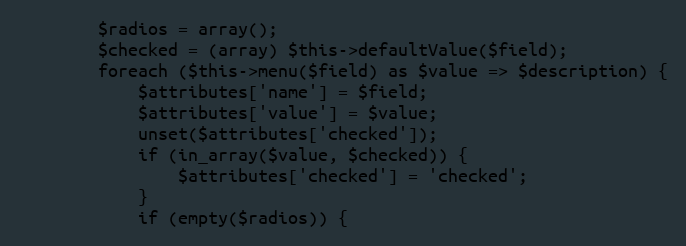
Language: PHP
        $radios = array();
        $checked = (array) $this->defaultValue($field);
        foreach ($this->menu($field) as $value => $description) {
            $attributes['name'] = $field;
            $attributes['value'] = $value;
            unset($attributes['checked']);
            if (in_array($value, $checked)) {
                $attributes['checked'] = 'checked';
            }
            if (empty($radios)) {